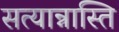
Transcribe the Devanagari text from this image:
सत्यान्नास्ति